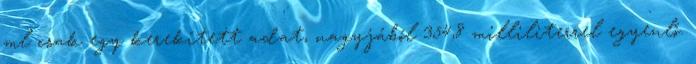
ml csak egy kerekített adat, nagyjából 354,8 milliliterrel egyenlő.